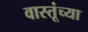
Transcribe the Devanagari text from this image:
वास्तूंच्या